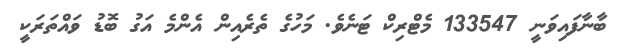
ބާނާފައިވަނީ 133547 މެޓްރިކް ޓަނެވެ. މަހުގެ ތެރެއިން އެންމެ އަގު ބޮޑު ވައްތަރަކީ